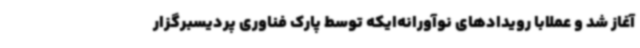
آغاز شد و عملابا رویدادهای نوآورانه‌ایکه توسط پارک فناوری پردیسبرگزار